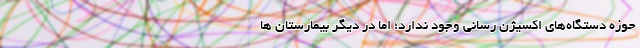
حوزه دستگاه‌های اکسیژن رسانی وجود ندارد؛ اما در دیگر بیمارستان ها